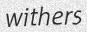
withers